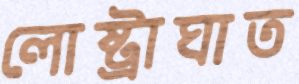
লোষ্ট্রাঘাত